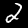
Digit: 2